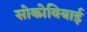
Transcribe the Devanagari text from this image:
सोकोवियाई